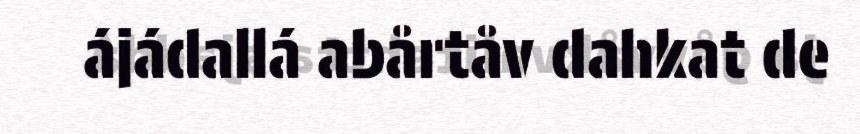
ájádallá abårtåv dahkat de